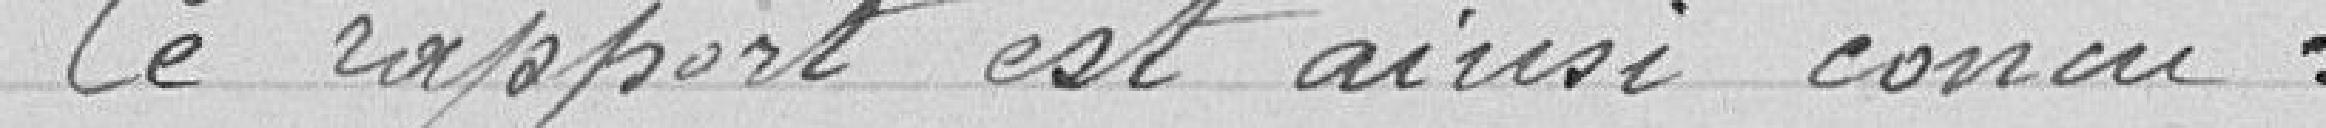
Ce rapport est ainsi conçu